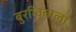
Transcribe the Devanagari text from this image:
बुरग्विबाला